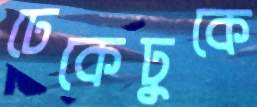
ঢেকেঢুকে